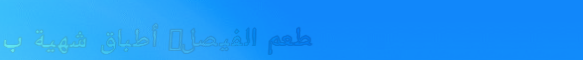
مطعم الفيصل: أطباق شهية ب